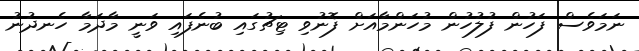
ނަމަވެސް ފަހުން ފުލުހުން މުހަންމާއަށް ފޮނުވި ޓިޗުގައި ބުނެފައި ވަނީ މާދަމާ ހެނދުނު